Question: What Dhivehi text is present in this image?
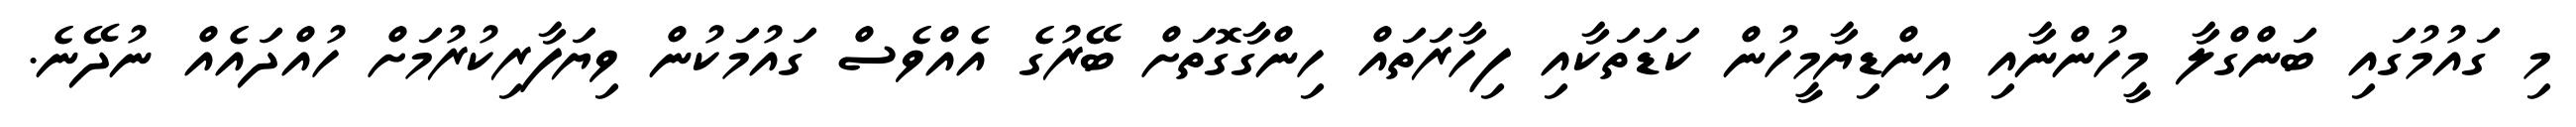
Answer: މި ގައުމުގައި ބަންގްލާ މީހުންނާއި އިންޑިޔާމީހުން ކަޑަތަކާއި ފިހާރަތައް ހިންގާގޮތަށް ބޭރުގެ އެއްވެސް ގައުމަކުން ވިޔަފާރިކުރުމަށް ހުއްދައެއް ނުދޭނެ.